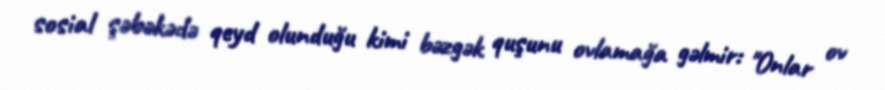
sosial şəbəkədə qeyd olunduğu kimi bəzgək quşunu ovlamağa gəlmir: "Onlar ov